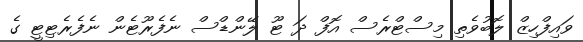
ވައިފްހިޒް ލޮބުވެތި މިސްޓްރެސް އޮފް ދަ ޓޫ ލޭންޑްސް ނެފެރޫޓެން ނެފެރެޓިޓީ ގެ